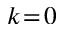
k \! = \! 0